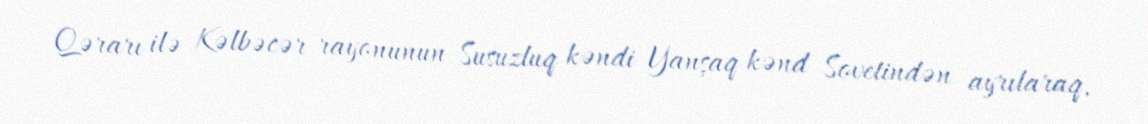
Qərarı ilə Kəlbəcər rayonunun Susuzluq kəndi Yanşaq kənd Sovetindən ayrılaraq,